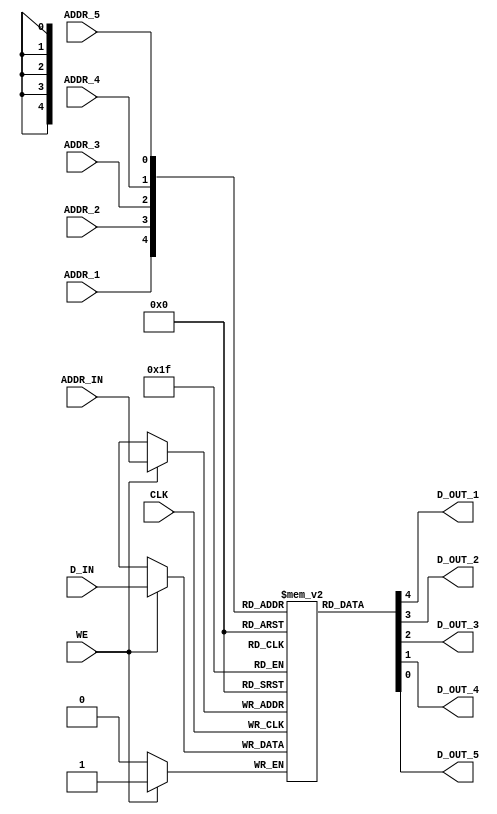

// Copyright (c) 2000-2009 Bluespec, Inc.

// Permission is hereby granted, free of charge, to any person obtaining a copy
// of this software and associated documentation files (the "Software"), to deal
// in the Software without restriction, including without limitation the rights
// to use, copy, modify, merge, publish, distribute, sublicense, and/or sell
// copies of the Software, and to permit persons to whom the Software is
// furnished to do so, subject to the following conditions:

// The above copyright notice and this permission notice shall be included in
// all copies or substantial portions of the Software.

// THE SOFTWARE IS PROVIDED "AS IS", WITHOUT WARRANTY OF ANY KIND, EXPRESS OR
// IMPLIED, INCLUDING BUT NOT LIMITED TO THE WARRANTIES OF MERCHANTABILITY,
// FITNESS FOR A PARTICULAR PURPOSE AND NONINFRINGEMENT. IN NO EVENT SHALL THE
// AUTHORS OR COPYRIGHT HOLDERS BE LIABLE FOR ANY CLAIM, DAMAGES OR OTHER
// LIABILITY, WHETHER IN AN ACTION OF CONTRACT, TORT OR OTHERWISE, ARISING FROM,
// OUT OF OR IN CONNECTION WITH THE SOFTWARE OR THE USE OR OTHER DEALINGS IN
// THE SOFTWARE.
//
// $Revision: 24080 $
// $Date: 2011-05-18 15:32:52 -0400 (Wed, 18 May 2011) $

`ifdef  BSV_WARN_REGFILE_ADDR_RANGE
`else
`define BSV_WARN_REGFILE_ADDR_RANGE 0 
`endif


`ifdef BSV_ASSIGNMENT_DELAY
`else
`define BSV_ASSIGNMENT_DELAY
`endif


// Multi-ported Register File
module RegFile(CLK,
               ADDR_IN, D_IN, WE,
               ADDR_1, D_OUT_1,
               ADDR_2, D_OUT_2,
               ADDR_3, D_OUT_3,
               ADDR_4, D_OUT_4,
               ADDR_5, D_OUT_5
               );
   parameter                   addr_width = 1;
   parameter                   data_width = 1;
   parameter                   lo = 0;
   parameter                   hi = 1;

   input                       CLK;
   input [addr_width - 1 : 0]  ADDR_IN;
   input [data_width - 1 : 0]  D_IN;
   input                       WE;

   input [addr_width - 1 : 0]  ADDR_1;
   output [data_width - 1 : 0] D_OUT_1;

   input [addr_width - 1 : 0]  ADDR_2;
   output [data_width - 1 : 0] D_OUT_2;

   input [addr_width - 1 : 0]  ADDR_3;
   output [data_width - 1 : 0] D_OUT_3;

   input [addr_width - 1 : 0]  ADDR_4;
   output [data_width - 1 : 0] D_OUT_4;

   input [addr_width - 1 : 0]  ADDR_5;
   output [data_width - 1 : 0] D_OUT_5;

   (* RAM_STYLE = "DISTRIBUTED" *)
   reg [data_width - 1 : 0]    arr[lo:hi];


`ifdef BSV_NO_INITIAL_BLOCKS
`else // not BSV_NO_INITIAL_BLOCKS
   // synopsys translate_off
   initial
     begin : init_block
        integer                     i;          // temporary for generate reset value
        for (i = lo; i <= hi; i = i + 1) begin
           arr[i] = {((data_width + 1)/2){2'b10}} ;
        end
     end // initial begin
   // synopsys translate_on
`endif // BSV_NO_INITIAL_BLOCKS


   always@(posedge CLK)
     begin
        if (WE)
          arr[ADDR_IN] <= `BSV_ASSIGNMENT_DELAY D_IN;
     end // always@ (posedge CLK)

   assign D_OUT_1 = arr[ADDR_1];
   assign D_OUT_2 = arr[ADDR_2];
   assign D_OUT_3 = arr[ADDR_3];
   assign D_OUT_4 = arr[ADDR_4];
   assign D_OUT_5 = arr[ADDR_5];

   // synopsys translate_off
   always@(posedge CLK)
     begin : runtime_check
        reg enable_check;
        enable_check = `BSV_WARN_REGFILE_ADDR_RANGE ;
        if ( enable_check )
           begin
              if (( ADDR_1 < lo ) || (ADDR_1 > hi) )
                $display( "Warning: RegFile: %m -- Address port 1 is out of bounds: %h", ADDR_1 ) ;
              if (( ADDR_2 < lo ) || (ADDR_2 > hi) )
                $display( "Warning: RegFile: %m -- Address port 2 is out of bounds: %h", ADDR_2 ) ;
              if (( ADDR_3 < lo ) || (ADDR_3 > hi) )
                $display( "Warning: RegFile: %m -- Address port 3 is out of bounds: %h", ADDR_3 ) ;
              if (( ADDR_4 < lo ) || (ADDR_4 > hi) )
                $display( "Warning: RegFile: %m -- Address port 4 is out of bounds: %h", ADDR_4 ) ;
              if (( ADDR_5 < lo ) || (ADDR_5 > hi) )
                $display( "Warning: RegFile: %m -- Address port 5 is out of bounds: %h", ADDR_5 ) ;
              if ( WE && ( ADDR_IN < lo ) || (ADDR_IN > hi) )
                $display( "Warning: RegFile: %m -- Write Address port is out of bounds: %h", ADDR_IN ) ;
           end
     end
   // synopsys translate_on

endmodule